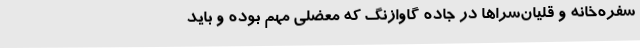
سفره‌خانه و قلیان‌سراها در جاده گاوازنگ که معضلی مهم بوده و باید